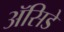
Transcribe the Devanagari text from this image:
ॲसिडे